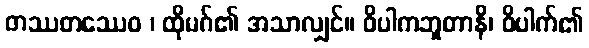
တဿတဿေဝ ၊ ထိုမဂ်၏ အသာလျှင်။ ဝိပါကဘူတာနိ၊ ဝိပါက်၏